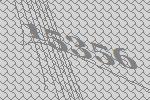
15356